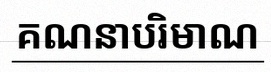
គណនាបរិមាណ